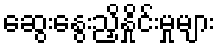
ဆွေးနွေးညှိနှိုင်းမှုများ